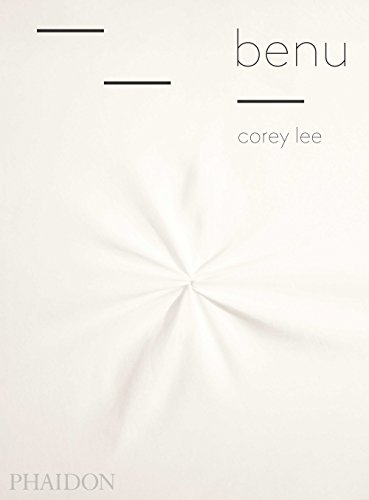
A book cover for Benu; Corey Lee; Cookbooks, Food & Wine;